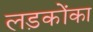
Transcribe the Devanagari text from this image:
लड़कोंका